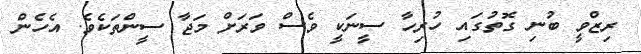
ރިޒްވީ ބުނި ގޮތުގައި ހުރިހާ ސީނަކީ ވެސް ވަރަށް މަޖާ ސީންތަކެވެ. އެހެން